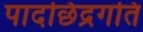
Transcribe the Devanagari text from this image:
पादछिद्रगति